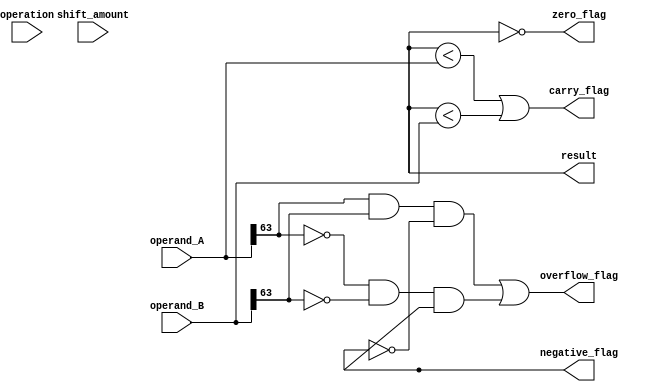
module ALU_64bit (
    input wire [63:0] operand_A,
    input wire [63:0] operand_B,
    input wire [3:0] operation,
    input wire shift_amount,
    output wire [63:0] result,
    output wire zero_flag,
    output wire carry_flag,
    output wire overflow_flag,
    output wire negative_flag
);

// Arithmetic circuits
wire [63:0] sum;
wire [63:0] difference;

// Shifters
wire [63:0] shift_left;
wire [63:0] shift_right;

// Multiplexers
wire [63:0] bitwise_and;
wire [63:0] bitwise_or;
wire [63:0] bitwise_xor;

// Control logic
always @(*)
begin
    case(operation)
        4'b0000: sum = operand_A + operand_B; // Addition
        4'b0001: difference = operand_A - operand_B; // Subtraction
        4'b0010: bitwise_and = operand_A & operand_B; // Bitwise AND
        4'b0011: bitwise_or = operand_A | operand_B; // Bitwise OR
        4'b0100: bitwise_xor = operand_A ^ operand_B; // Bitwise XOR
        4'b0101: shift_left = operand_A << shift_amount; // Shift left
        4'b0110: shift_right = operand_A >> shift_amount; // Shift right
    endcase
end

// Flags
assign zero_flag = (result == 64'b0);
assign carry_flag = (result < operand_A || result < operand_B);
assign overflow_flag = ((operand_A[63] & operand_B[63] & ~result[63]) | (~operand_A[63] & ~operand_B[63] & result[63]));
assign negative_flag = (result[63]);

endmodule